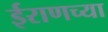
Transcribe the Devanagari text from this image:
ईराणच्या